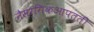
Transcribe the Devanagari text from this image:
नैसर्गिकआपत्ती